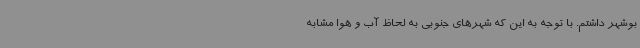
بوشهر داشتم. با توجه به این که شهرهای جنوبی به لحاظ آب و هوا مشابه